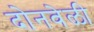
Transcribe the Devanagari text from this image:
दोनवेळी